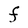
Character: F